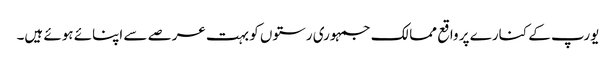
یورپ کے کنارے پر واقع ممالک جمہوری رستوں کو بہت عرصے سے اپنائے ہوئے ہیں۔